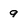
Character: 9